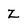
Character: Z